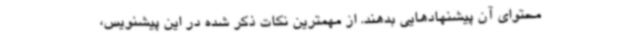
محتوای آن پیشنهادهایی بدهند. از مهمترین نکات ذکر شده در این پیشنویس،